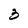
Character: 3